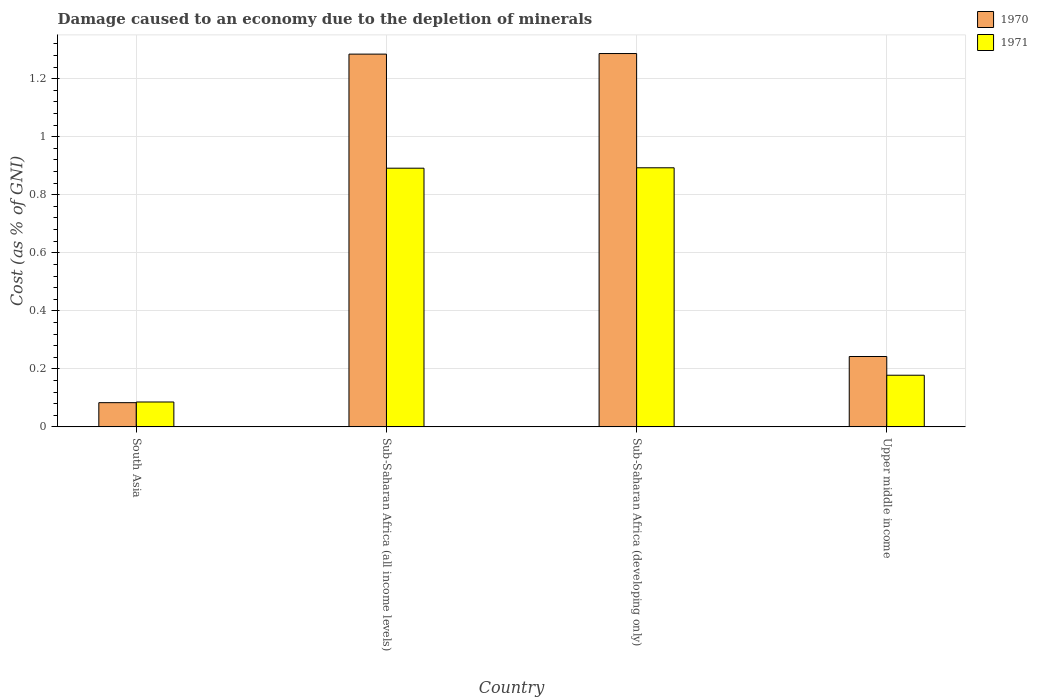
| Country | 1970 | 1971 |
 | --- | --- | --- |
 | South Asia | 0.0834 | 0.0858 |
 | Sub-Saharan Africa (all income levels) | 1.28 | 0.892 |
 | Sub-Saharan Africa (developing only) | 1.29 | 0.893 |
 | Upper middle income | 0.243 | 0.178 |